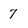
Character: 7